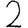
Digit: 2